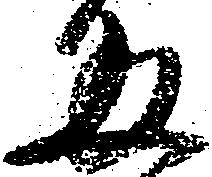
五